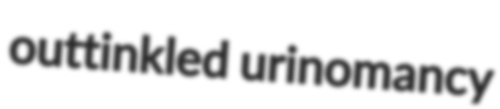
outtinkled urinomancy